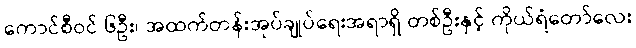
ကောင်စီဝင် ၆ဦး၊ အထက်တန်းအုပ်ချုပ်ရေးအရာရှိ တစ်ဦးနှင့် ကိုယ်ရံတော်လေး